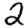
Digit: 2